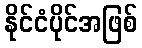
နိုင်ငံပိုင်အဖြစ်